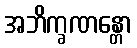
အဘိက္ခဏန္တော